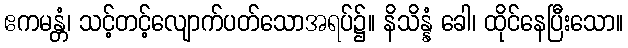
ဧကမန္တံ၊ သင့်တင့်လျောက်ပတ်သောအရပ်၌။ နိသိန္နံ ခေါ၊ ထိုင်နေပြီးသော။